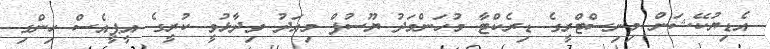
އެޑިޔުކޭޝަން މިނިސްޓްރީގެ ޑިރެކްޓާ މުހަންމަދު ޔޫސުފް މިއަދު ވިދާޅުވީ ކުރީގެ އީޕީއެސް ހިންގި